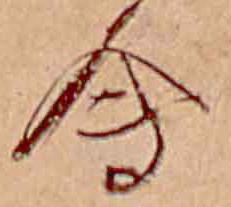
会